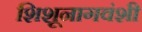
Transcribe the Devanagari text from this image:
शिशूनागवंशी